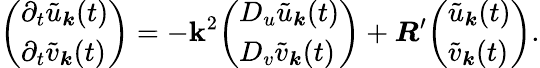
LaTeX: {\left(\begin{array}{l}{\partial_{t}{\tilde{u}}_{\boldsymbol{k}}(t)}\\ {\partial_{t}{\tilde{v}}_{\boldsymbol{k}}(t)}\end{array}\right)}=-\mathbf{k}^{2}{\left(\begin{array}{l}{D_{u}{\tilde{u}}_{\boldsymbol{k}}(t)}\\ {D_{v}{\tilde{v}}_{\boldsymbol{k}}(t)}\end{array}\right)}+{\boldsymbol{R}}^{\prime}{\left(\begin{array}{l}{{\tilde{u}}_{\boldsymbol{k}}(t)}\\ {{\tilde{v}}_{\boldsymbol{k}}(t)}\end{array}\right)}.